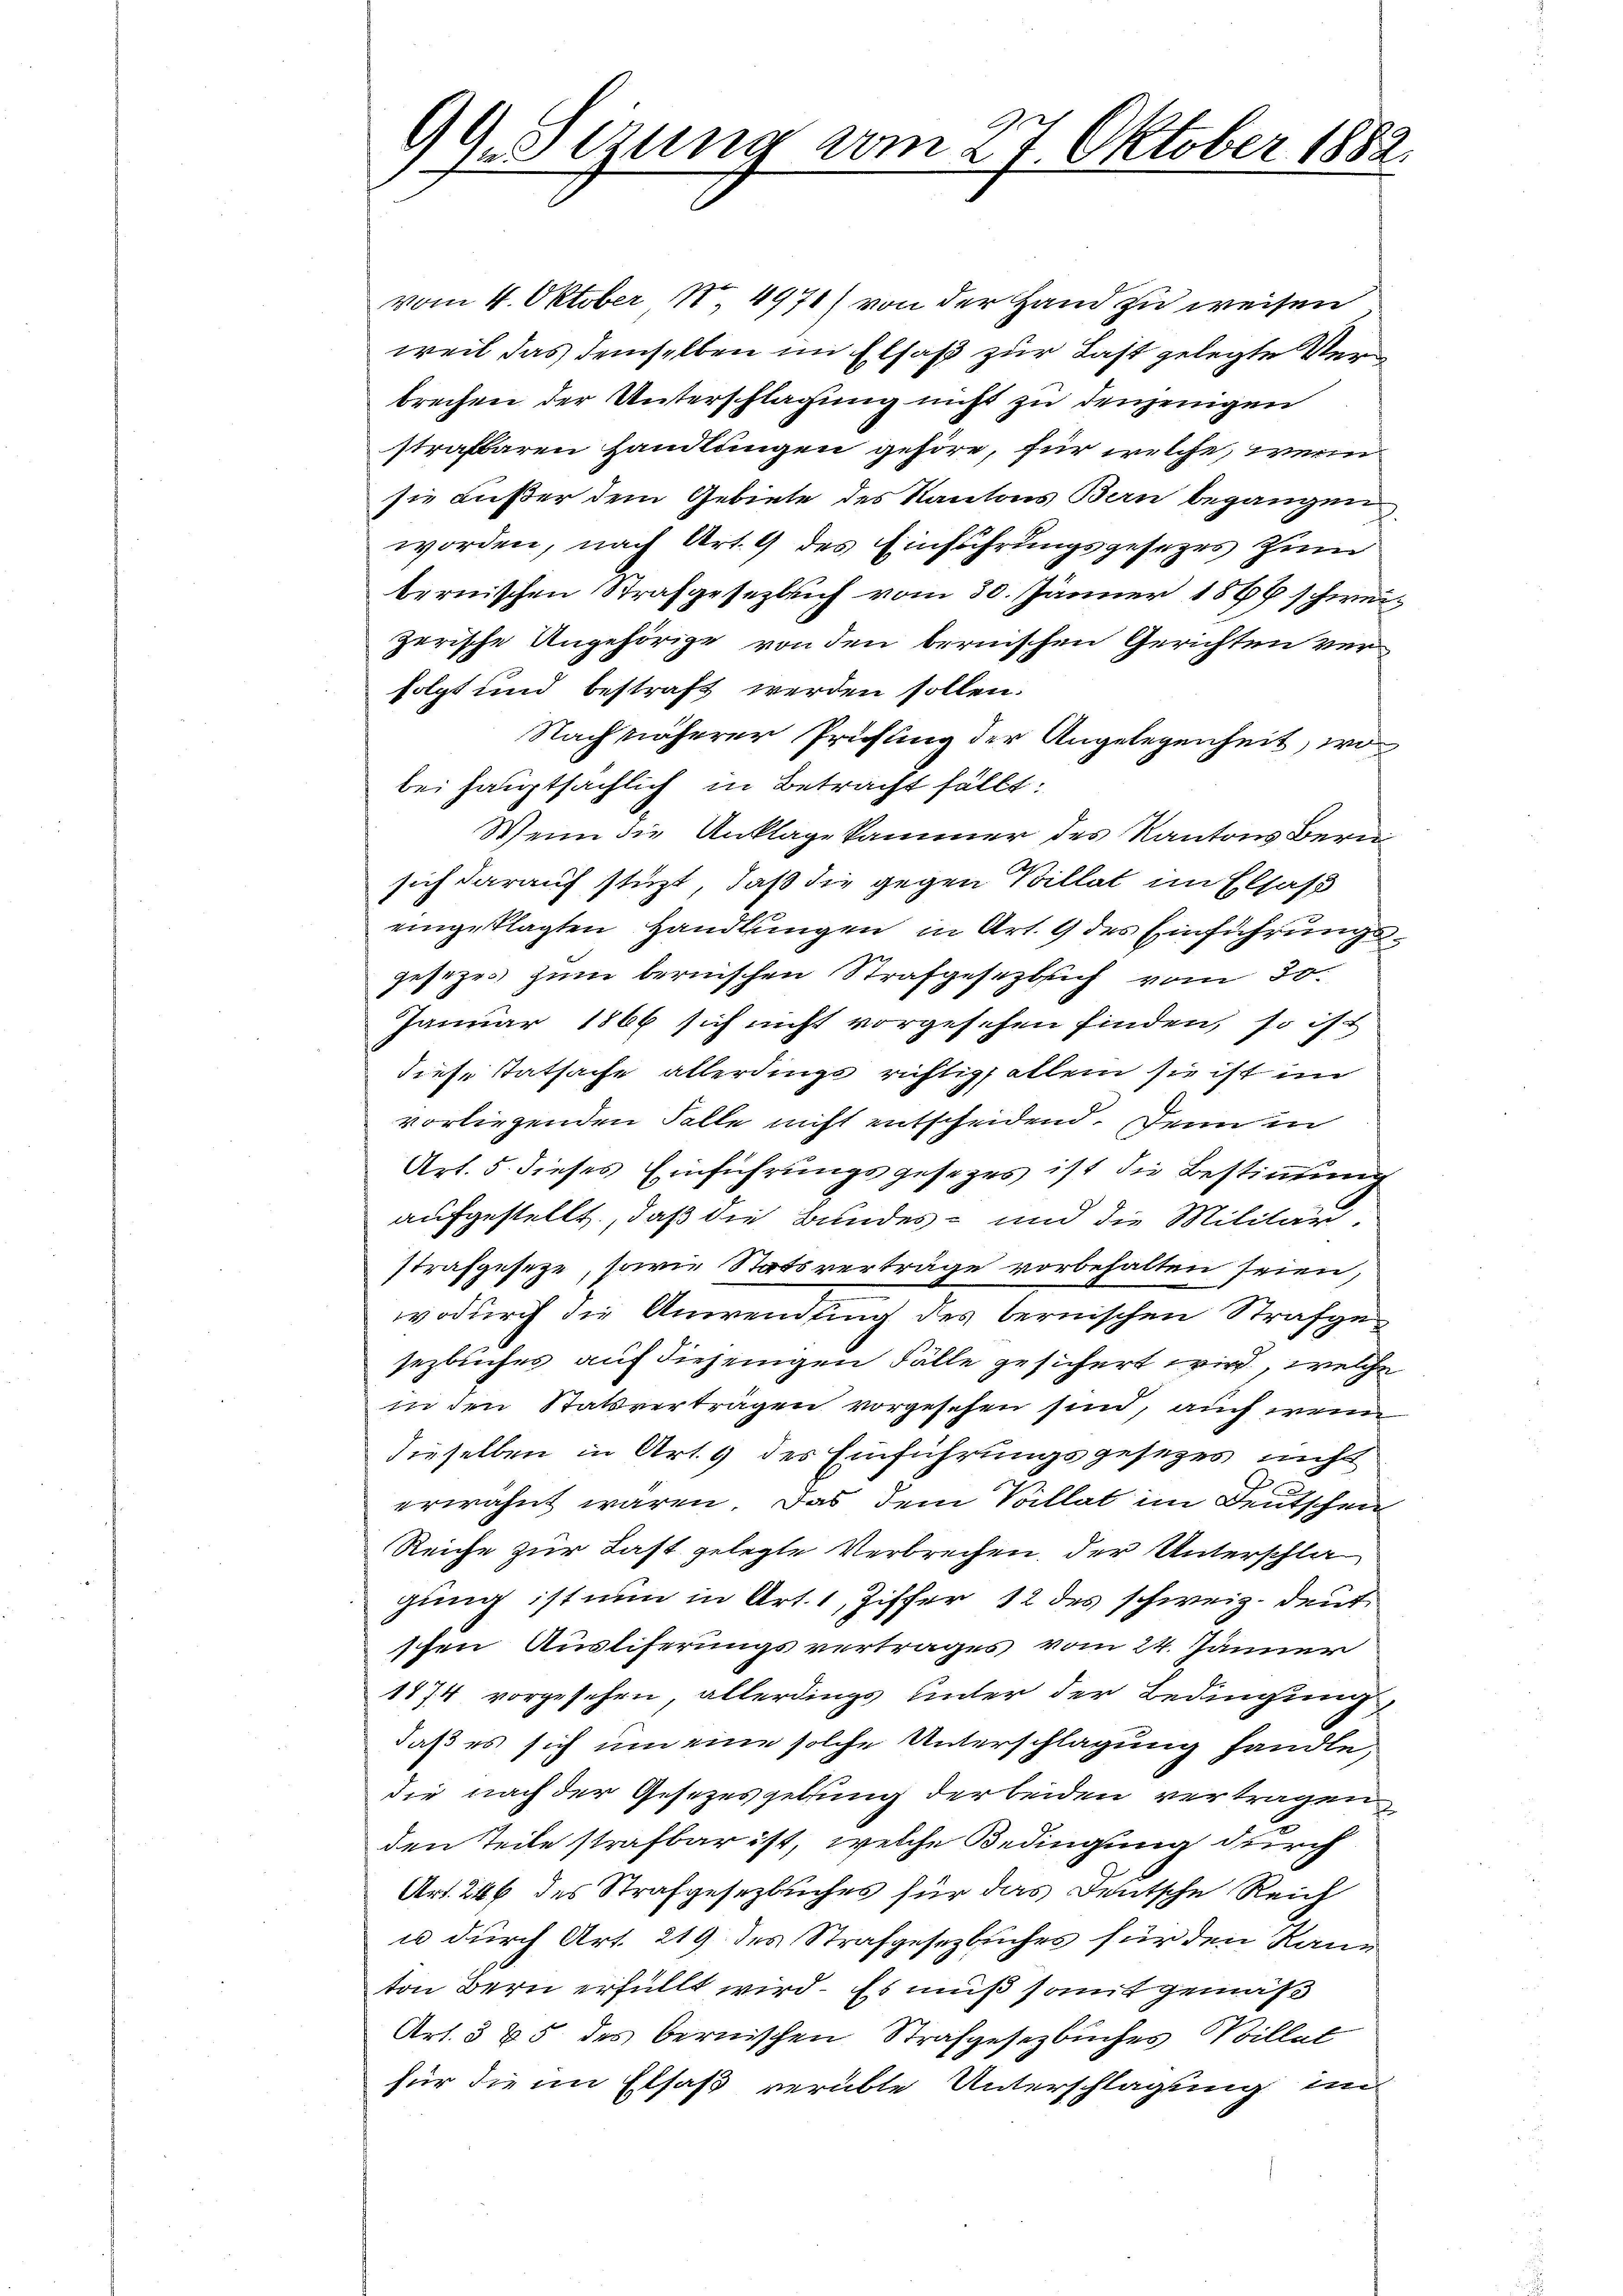
1
Gesizung vom 27. Oktober 1882.

vom 4. Oktober 1. 4971) von der Hand zu weisen
weil das demselben im Elsaß zur Last gelegte Verbrechen der Unterschlagung nicht zu denjenigen
strafbaren Handlungen gehöre, für welche, wenn
sie außer dem Gebiete des Kantons Bern begangen
worden, nach Art. 9 des Einführungsgesetzes zum
bernischen Strafgesezlich vom 30. Jänner 1868 schweizerische Angehörige von den bernischen Gerichten verfolgt und bestraft werden sollen.
Nach näherer Prüfung der Angelegenheit, wo
bei hauptsächlich in Betracht fällt:
Wenn die Anklage kammer des Kantons Bern
sich darauf stüzt, daß die gegen Billat im Elsaß
eingeklagten Handlungen in Art. 9 des Einführungsgesezes zum bernischen Strafgesezlich vom 20.
Januar 1866 sich nicht vorgesehen finden, so ist
diese Tatsache allerdings richtig allein sie ist im
vorliegenden Falle nicht entscheidend. Denn in
Art. 5. dieses Einführungsgesezes ist die Bestimmung
aufgestellt, daß die Bundes- und die Militärstrafgeseze, sowie Statsverträge vorbehalten seien,
wodurch die Anwendung des bernischen Strafgesezbuches auf diejenigen Fälle gesichert wird, welche
in den Statsverträgen vorgesehen sind, auch wenn
dieselben in Art. 9 des Einführungsgesetzes nicht
erwähnt wären. Das dem Villat im Deutschen
Reiche zur Last gelegte Verbrechen, der Unterschlagung ist nun in Art. 1, Ziffer 12 des schweiz. deut
schen Auslieferungsvertrages vom 24. Jänner
1874 vorgesehen, allerdings unter der Bedingung
daß es sich um eine solche Unterschlagung handle,
die nach der Gesezesgebung der beiden vertragen
den Teile strafbar ist, welche Bedingung durch
Art. 246 des Strafgesetzbuches für das Deutsche Reich
u durch Art. 219 des Strafgesetzbuches für den Raun
ton Bern erfüllt wird. Es muß somit gemäß
Art. 385 des bernischen Strafgesetzbuches Willet
für die im Elsaß verübte Unterschlagung im